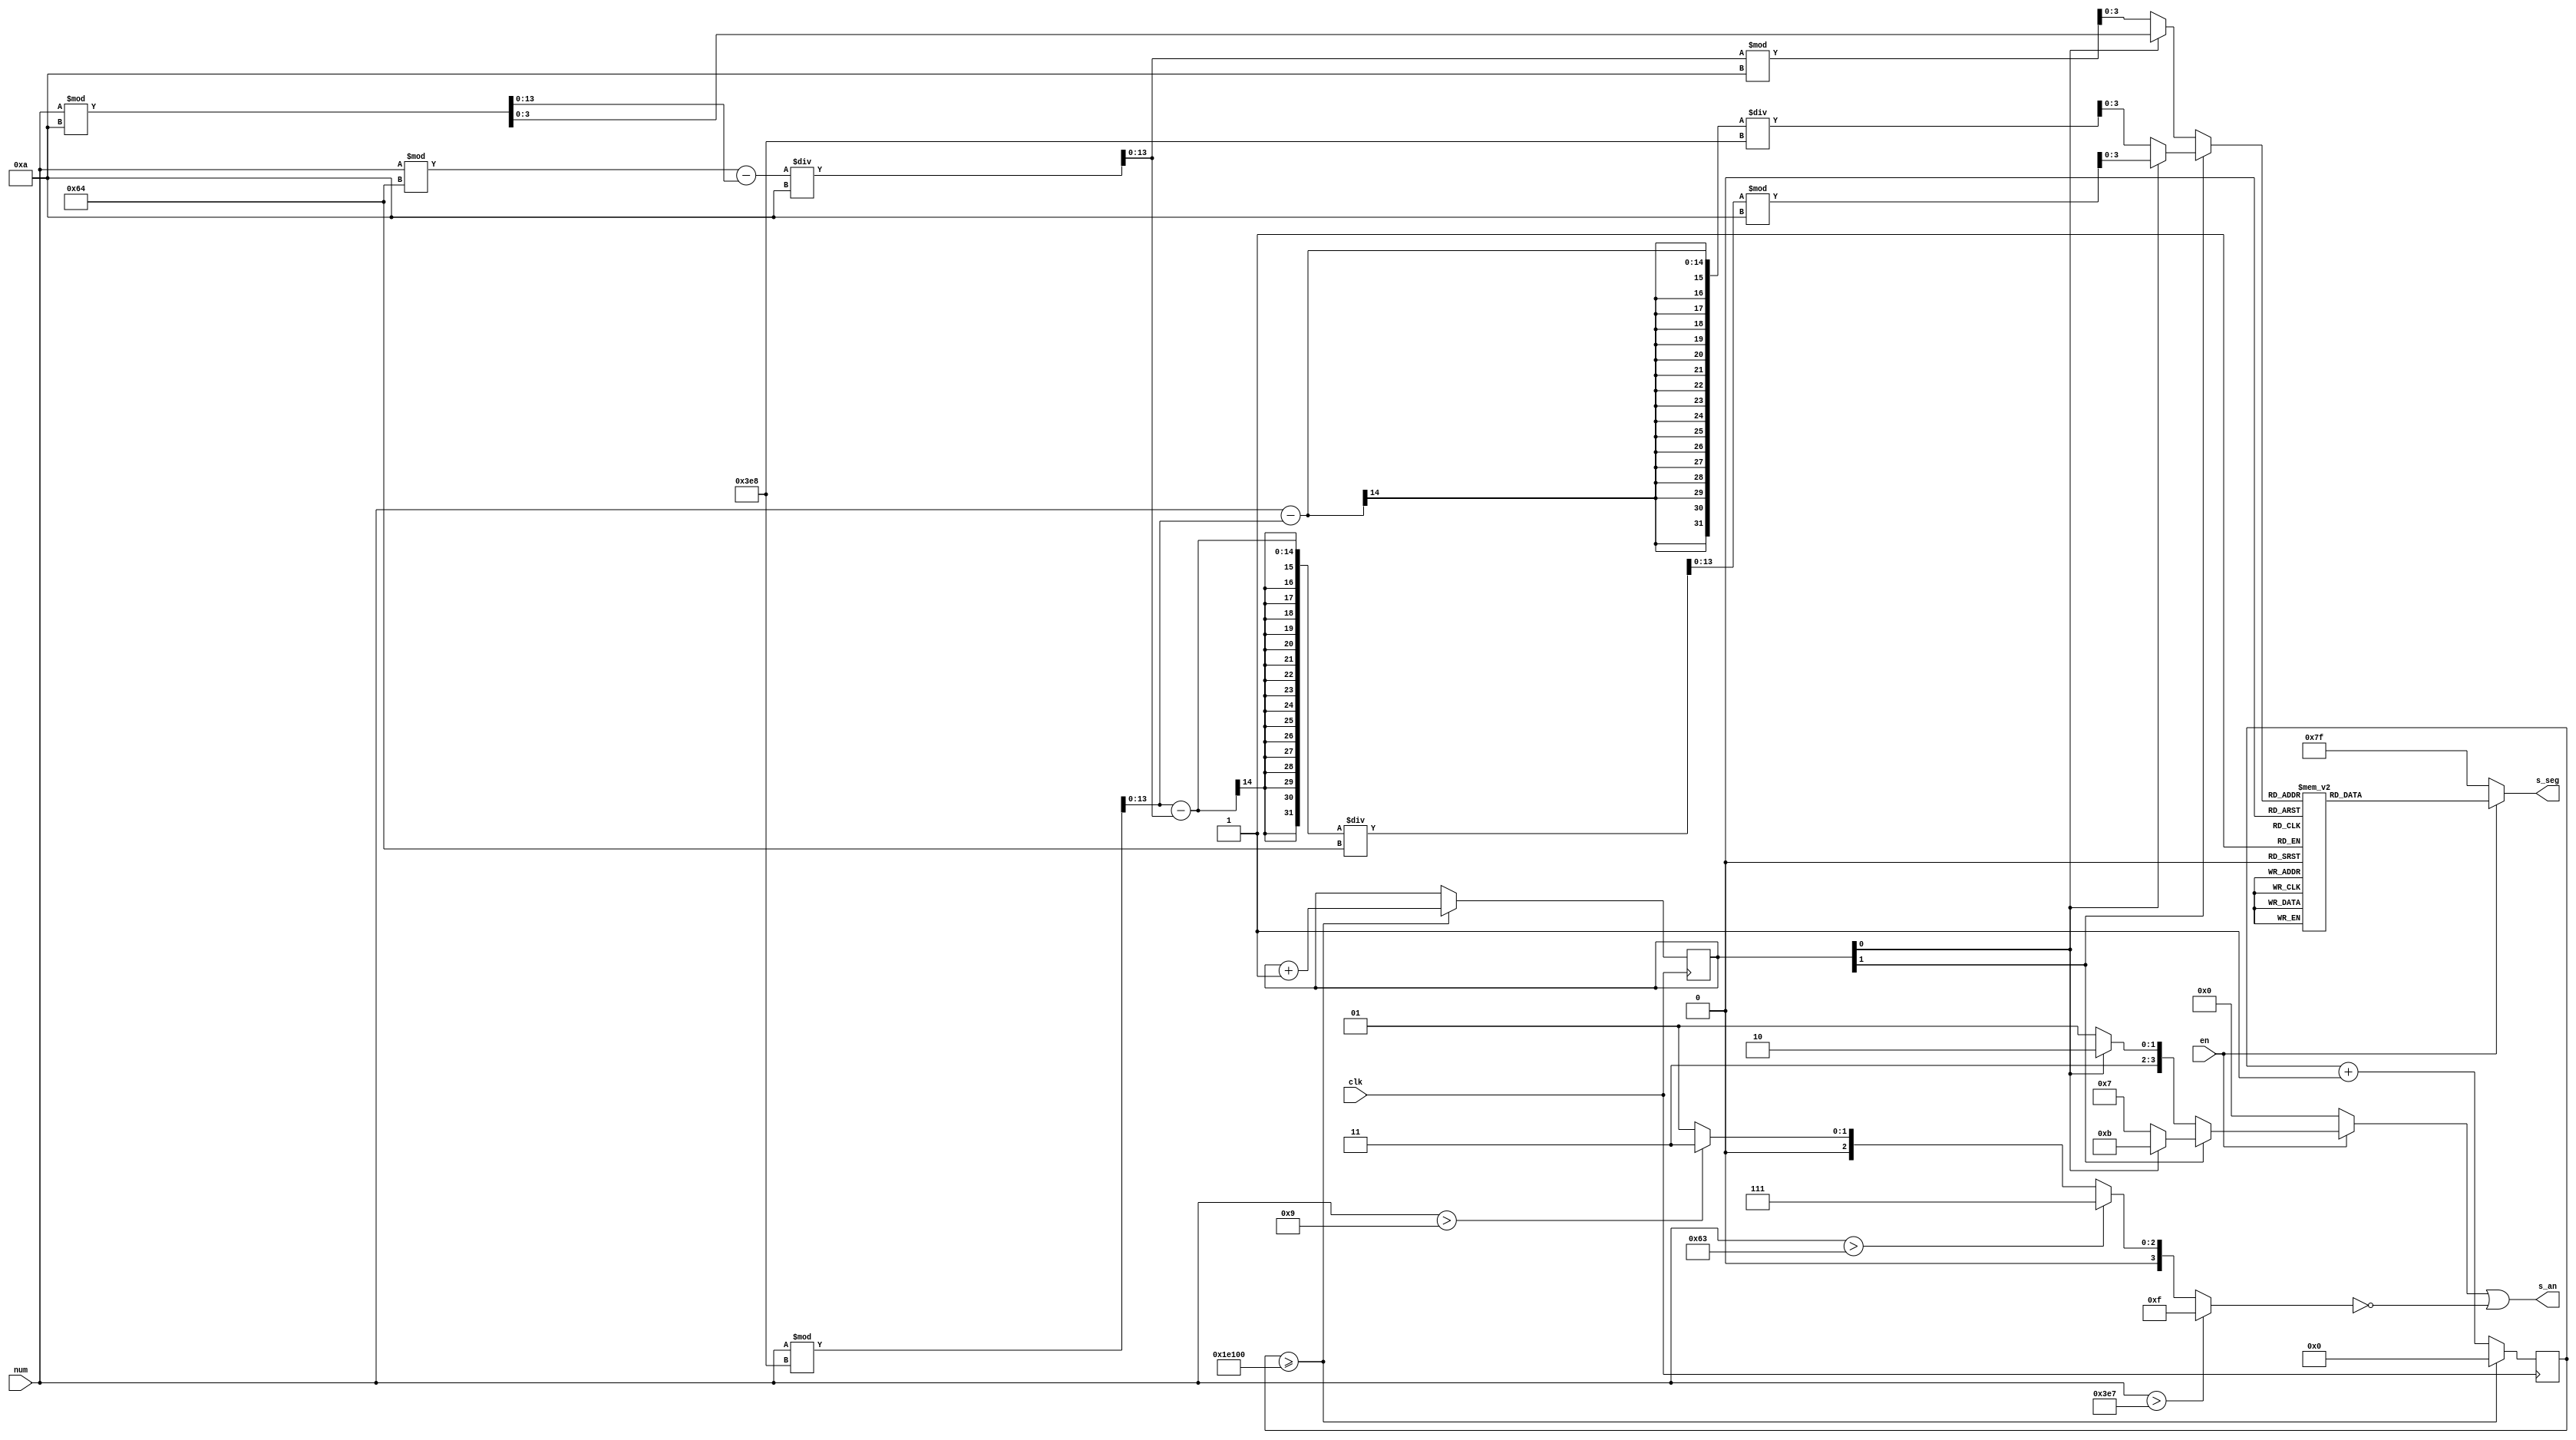
`timescale 1ns / 1ps

module seven_seg_mgmt(
    input clk,
    input en,               // enable
    input [13:0] num,       // quantity
    output [3:0] s_an,      // selector segments
    output [6:0] s_seg      // segments
    );

    reg [1:0] display;
    wire [16:0] clock_divide_max = 17'b11110000100000000;
    reg [16:0] clock_divide_counter;
    wire [3:0] number;
    wire [6:0] segmentos [15:0];
    
    
    wire [3:0] mil;
    wire [3:0] cen;
    wire [3:0] dec;
    wire [3:0] uni;
    wire [13:0]aux1;
    wire [13:0]aux2;
    wire [13:0]aux3;
    wire [13:0]aux4;
    wire [13:0]aux0;
    
    wire [3:0] an_mask;


    assign aux0 = num%10;
    assign aux1 = (num%100-aux0)/10;
    assign aux2 = num%1000;
    assign aux3 = (aux2-aux1)/100;
    assign aux4 = (num - aux2)/1000;
    
    
    assign uni = num%10;
    assign dec = aux1%10; 
    assign cen = aux3%10;
    assign mil = aux4;
   
    assign an_mask = num > 999 ? 4'b1111 : num > 99 ? 4'b0111 : num > 9 ? 4'b0011 : 4'b0001;
    assign s_an = (en ? (display[1] ? (display[0] ? 4'b1011 : 4'b0111) : (display[0] ? 4'b1110 : 4'b1101)) : 4'b0000) | ~an_mask;
    assign number = display[1] ? (display[0] ? cen : mil ) : (display[0] ? uni : dec);
    
    assign {segmentos[0],
            segmentos[1],
            segmentos[2],
            segmentos[3],
            segmentos[4],
            segmentos[5],
            segmentos[6],
            segmentos[7],
            segmentos[8],
            segmentos[9],
            segmentos[10],
            segmentos[11],
            segmentos[12],
            segmentos[13],
            segmentos[14],
            segmentos[15]} = {7'b1000000,
                              7'b1111001,
                              7'b0100100,
                              7'b0110000,
                              7'b0011001,
                              7'b0010010,
                              7'b0000010,
                              7'b1111000,
                              7'b0000000,
                              7'b0010000,
                              7'b0001000,
                              7'b0000011,
                              7'b1000110,
                              7'b0100001,
                              7'b0000110,
                              7'b0001110};
        
    assign s_seg = en ? segmentos[number] : 7'b1111111;

    always @ (posedge clk)
    begin
        if (clock_divide_counter >= clock_divide_max)
            begin
            clock_divide_counter = 17'b00000000000000000;
            display = display + 1;
            end
        else
            clock_divide_counter = clock_divide_counter + 1;
    end

endmodule